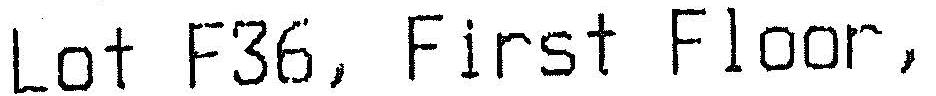
LOT F36, FIRST FLOOR,